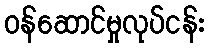
ဝန်ဆောင်မှုလုပ်ငန်း